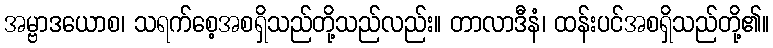
အမ္ဗာဒယောစ၊ သရက်စေ့အစရှိသည်တို့သည်လည်း။ တာလာဒီနံ၊ ထန်းပင်အစရှိသည်တို့၏။